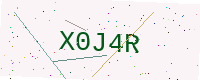
Text: X0J4R